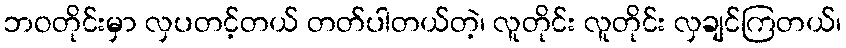
ဘဝတိုင်းမှာ လှပတင့်တယ် တတ်ပါတယ်တဲ့၊ လူတိုင်း လူတိုင်း လှချင်ကြတယ်၊